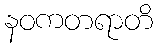
နဝကတရာတိ